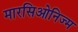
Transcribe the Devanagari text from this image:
मारसिओनिज्म